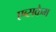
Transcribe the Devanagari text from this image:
एब्सकैम